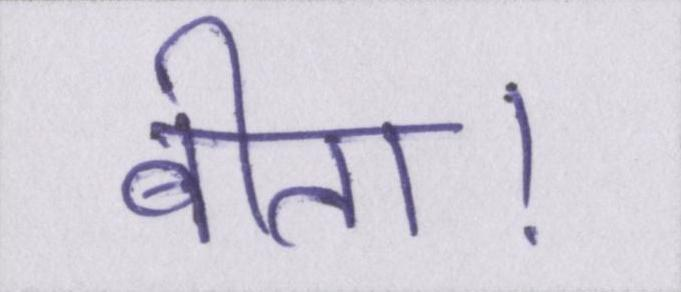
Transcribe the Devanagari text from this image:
बीता।